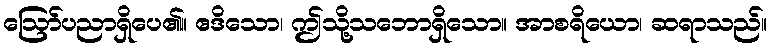
ဩော်ပညာရှိပေ၏။ ဧဒိသော၊ ဤသို့သဘောရှိသော။ အာစရိယော၊ ဆရာသည်။